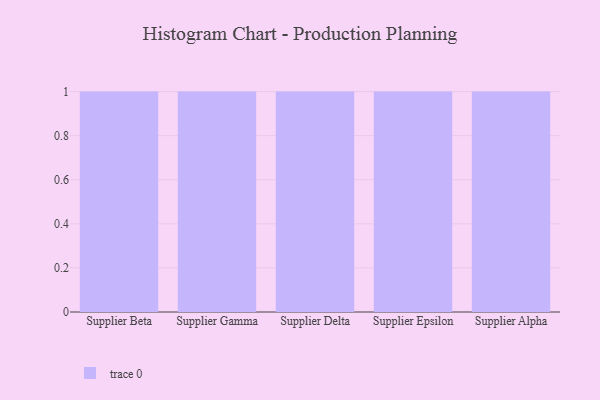
{"axis": {"x": "Supplier", "y": "Latency (ms)"}, "legend": [""], "data": [{"x": "Supplier Beta", "y": 47, "type": ""}, {"x": "Supplier Gamma", "y": 28, "type": ""}, {"x": "Supplier Delta", "y": 88, "type": ""}, {"x": "Supplier Epsilon", "y": 21, "type": ""}, {"x": "Supplier Alpha", "y": 93, "type": ""}]}